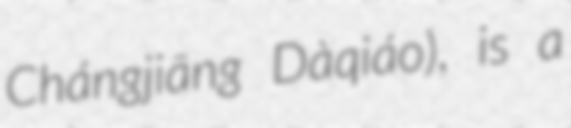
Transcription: Chángjiāng Dàqiáo), is a